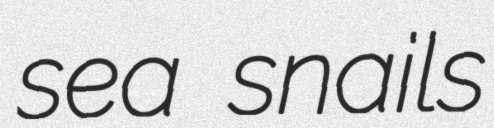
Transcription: sea snails